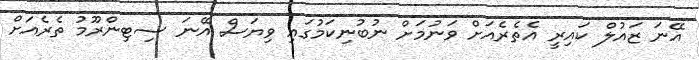
އޭނަ ޒައުލް ކައިރީ އެތެރެއަށް ވަނުމަށް ނުބުނިކަމުގައި ވިޔަސް އޭނަ ސިޓިންރޫމު ތެރެއަށް